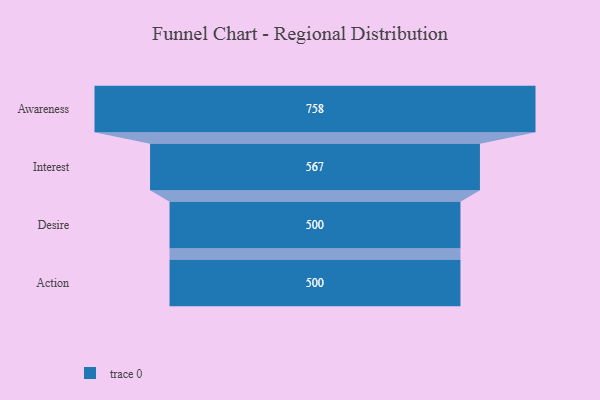
{"axis": {"x": "Stage", "y": "Value"}, "legend": [""], "data": [{"x": "Awareness", "y": 758.0, "type": ""}, {"x": "Interest", "y": 567.0, "type": ""}, {"x": "Desire", "y": 500, "type": ""}, {"x": "Action", "y": 500, "type": ""}]}